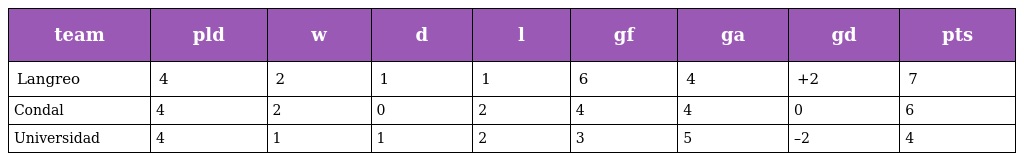
| team | pld | w | d | l | gf | ga | gd | pts |
 | --- | --- | --- | --- | --- | --- | --- | --- | --- |
 | Langreo | 4 | 2 | 1 | 1 | 6 | 4 | +2 | 7 |
 | Condal | 4 | 2 | 0 | 2 | 4 | 4 | 0 | 6 |
 | Universidad | 4 | 1 | 1 | 2 | 3 | 5 | –2 | 4 |